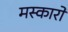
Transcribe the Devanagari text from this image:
मस्कारो